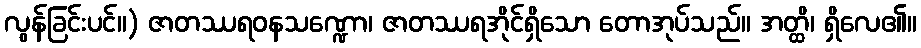
လွန်ခြင်းပင်။) ဇာတဿရဝနသဏ္ဍော၊ ဇာတဿရအိုင်ရှိသော တောအုပ်သည်။ အတ္ထိ၊ ရှိလေ၏။